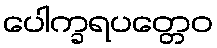
ပေါက္ခရပတ္တေဝ